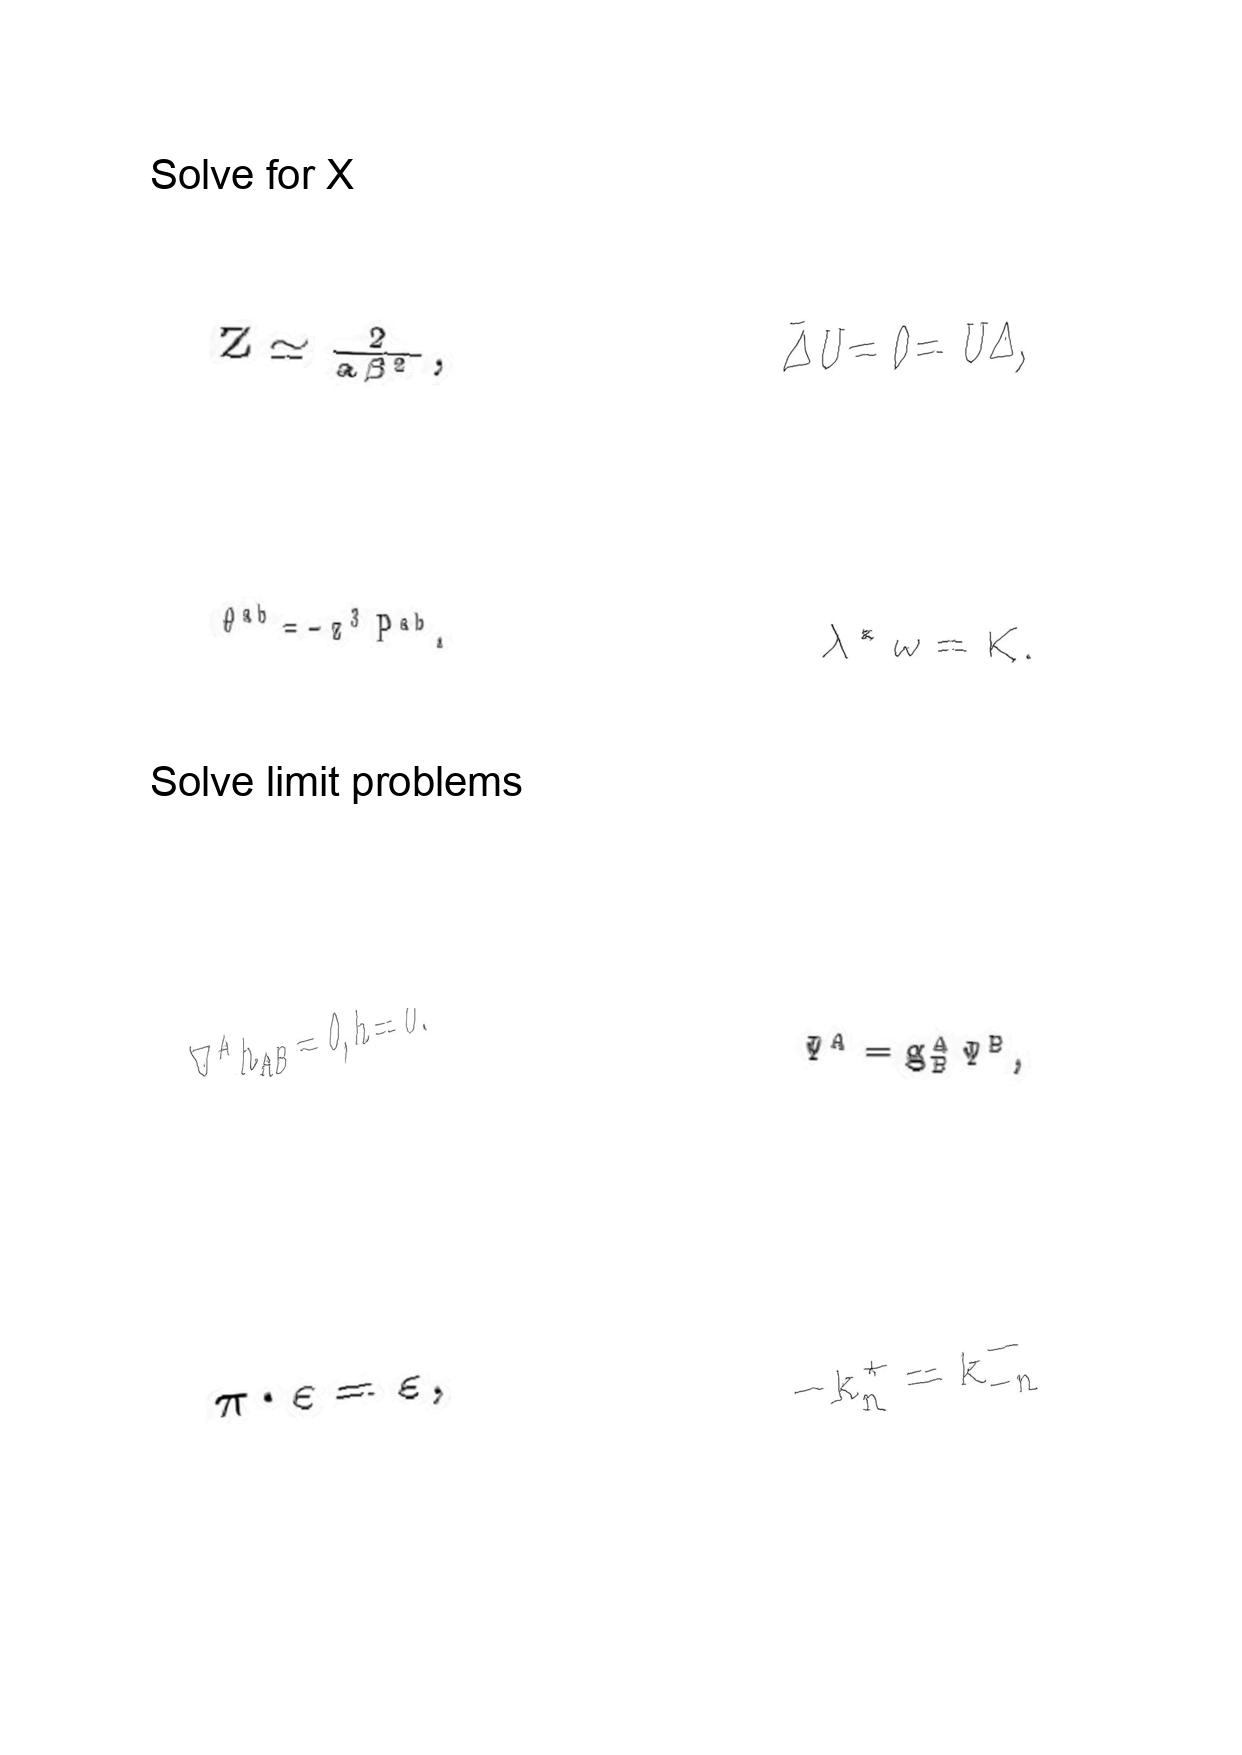
LaTeX transcription:
Z \simeq \frac { 2 } { a \beta ^ { 2 } } ,
\theta ^ { a b } = - z ^ { 3 } P ^ { a b } .
\nabla ^ { A } h _ { A B } = 0 , h = 0 .
\pi \cdot \varepsilon = \varepsilon ,
\bar { \Delta } U = 0 = \bar { U } \Delta ,
\lambda ^ { \ast } \omega = K .
\Psi ^ { A } = g ^ { A } _ { B } \Psi ^ { B } ,
- k _ { n } ^ { + } = k _ { - n } ^ { - }